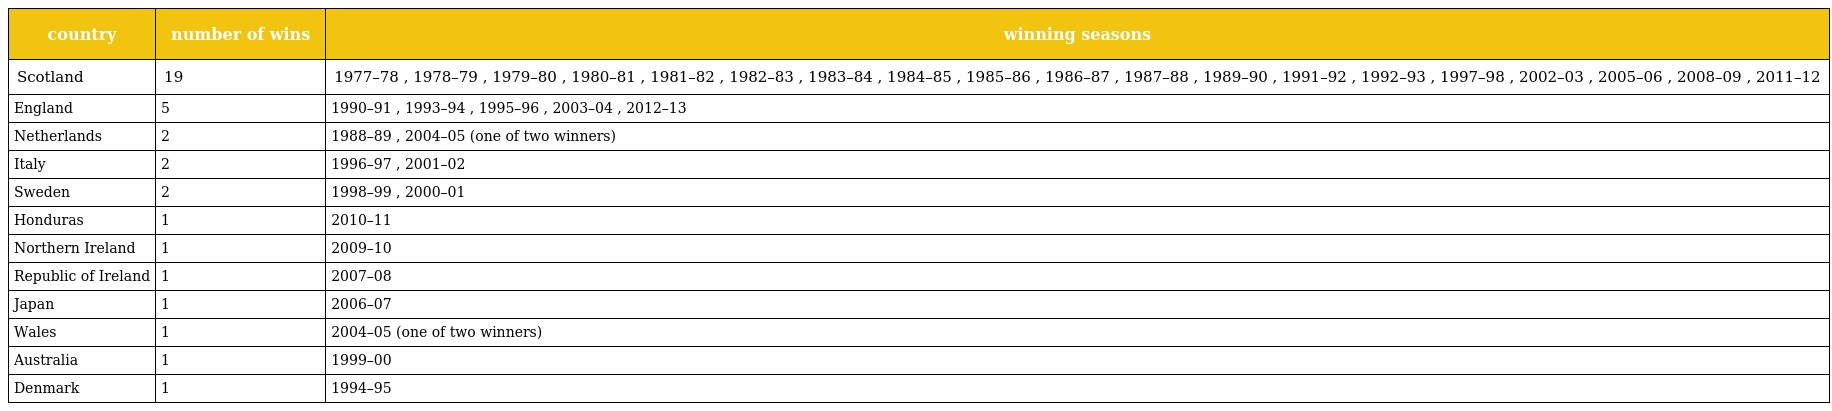
| country | number of wins | winning seasons |
 | --- | --- | --- |
 | Scotland | 19 | 1977–78 , 1978–79 , 1979–80 , 1980–81 , 1981–82 , 1982–83 , 1983–84 , 1984–85 , 1985–86 , 1986–87 , 1987–88 , 1989–90 , 1991–92 , 1992–93 , 1997–98 , 2002–03 , 2005–06 , 2008–09 , 2011–12 |
 | England | 5 | 1990–91 , 1993–94 , 1995–96 , 2003–04 , 2012–13 |
 | Netherlands | 2 | 1988–89 , 2004–05 (one of two winners) |
 | Italy | 2 | 1996–97 , 2001–02 |
 | Sweden | 2 | 1998–99 , 2000–01 |
 | Honduras | 1 | 2010–11 |
 | Northern Ireland | 1 | 2009–10 |
 | Republic of Ireland | 1 | 2007–08 |
 | Japan | 1 | 2006–07 |
 | Wales | 1 | 2004–05 (one of two winners) |
 | Australia | 1 | 1999–00 |
 | Denmark | 1 | 1994–95 |